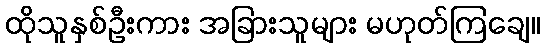
ထိုသူနှစ်ဦးကား အခြားသူများ မဟုတ်ကြချေ။